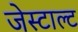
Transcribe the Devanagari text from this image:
जेस्टाल्ट